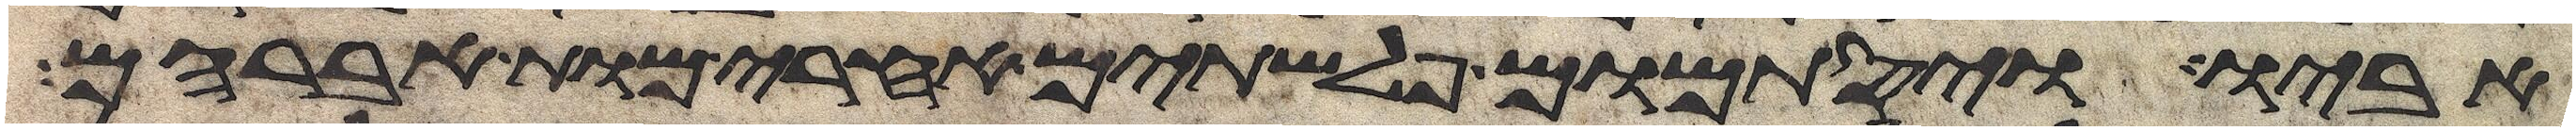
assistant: אביו ויסתמום פלשתים אחרי מות אברהם